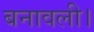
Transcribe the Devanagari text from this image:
बनावली।